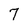
Character: 7